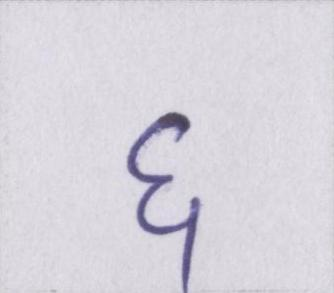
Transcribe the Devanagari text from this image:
६